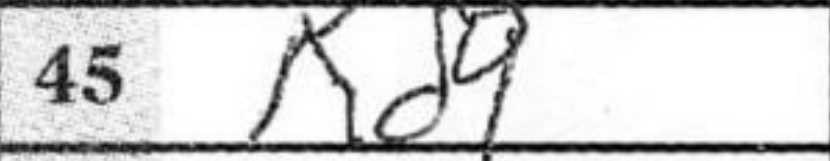
Transcription: Kd4